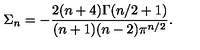
\Sigma _ { n } = - { \frac { 2 ( n + 4 ) \Gamma ( n / 2 + 1 ) } { ( n + 1 ) ( n - 2 ) \pi ^ { n / 2 } } } .